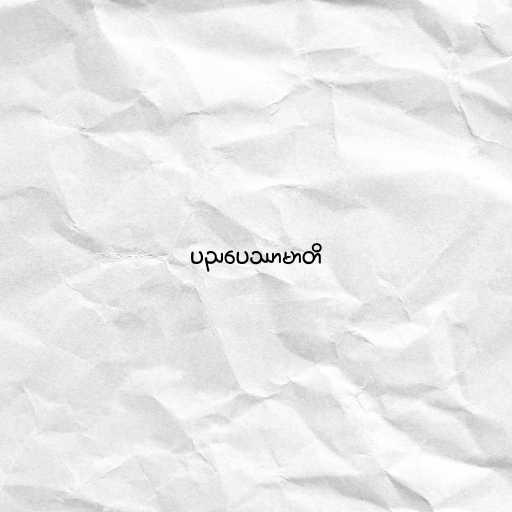
ပညပေဿာမာတိ